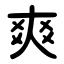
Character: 爽